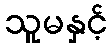
သူမနှင့်